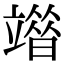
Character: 𥪶